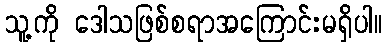
သူ့ကို ဒေါသဖြစ်စရာအကြောင်းမရှိပါ။